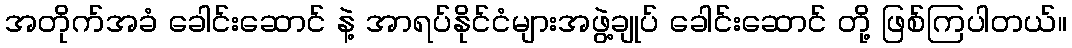
အတိုက်အခံ ခေါင်းဆောင် နဲ့ အာရပ်နိုင်ငံများအဖွဲ့ချုပ် ခေါင်းဆောင် တို့ ဖြစ်ကြပါတယ်။